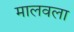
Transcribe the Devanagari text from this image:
मालवला